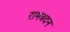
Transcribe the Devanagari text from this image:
रामबदन